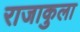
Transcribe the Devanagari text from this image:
राजाकुला